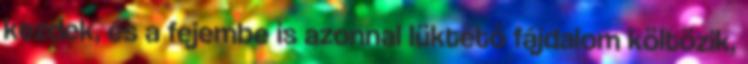
kezdek, és a fejembe is azonnal lüktető fájdalom költözik,